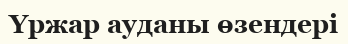
Үржар ауданы өзендері